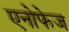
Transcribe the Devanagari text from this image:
एनोफेज